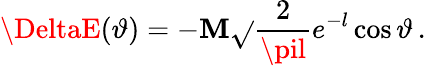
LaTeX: \DeltaE(\vartheta)=-\mathbf{M}\sqrt{}{{\frac{{2}}{{\pil}}}}e^{-l}\cos\vartheta\, .